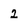
Character: 2